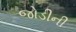
જોડીની